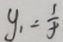
y _ { 1 } = \frac { 1 } { 5 }